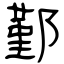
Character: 鄞